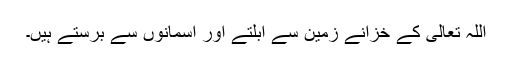
اللہ تعالی کے خزانے زمین سے ابلتے اور آسمانوں سے برستے ہیں۔